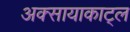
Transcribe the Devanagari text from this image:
अक्सायाकाट्ल